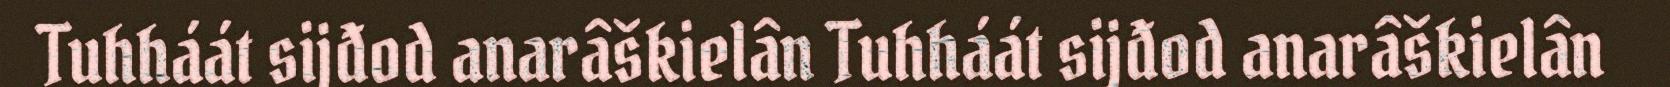
Tuhháát sijđod anarâškielân Tuhháát sijđod anarâškielân